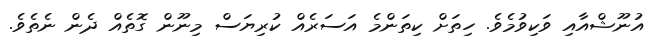
އުނޫޝްއާއި ވަކިވުމެވެ. ހިތަށް ކިތަންމެ އަސަރެއް ކުރިޔަސް މިނޫން ގޮތެއް ދެން ނެތެވެ.